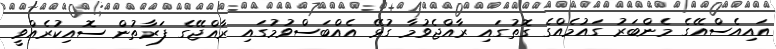
އައިއެސްއޭގެ މެންބަރު ގައުމެއްގެ ގޮތުގައި ރާއްޖެވުމާ ގުޅޭ އެއްބަސްވުމުގައި ރާއްޖޭގެ ފަރާތުން ސޮއިކުރެއްވީ